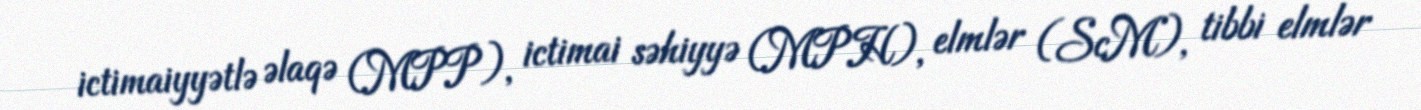
ictimaiyyətlə əlaqə (MPP), ictimai səhiyyə (MPH), elmlər (ScM), tibbi elmlər